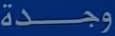
وحدة